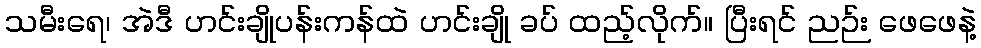
သမီးရေ၊ အဲဒီ ဟင်းချိုပန်းကန်ထဲ ဟင်းချို ခပ် ထည့်လိုက်။ ပြီးရင် ညဉ်း ဖေဖေနဲ့